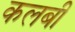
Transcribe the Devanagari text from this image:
कलबी